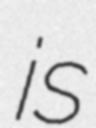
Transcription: is